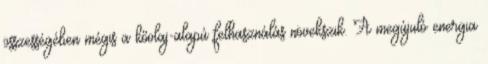
összességében mégis a kőolaj-alapú felhasználás növekszik. A megújuló energia